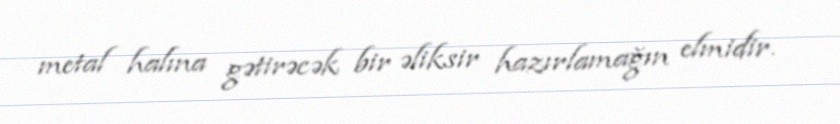
metal halına gətirəcək bir əliksir hazırlamağın elmidir.